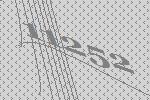
11252